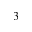
3